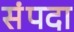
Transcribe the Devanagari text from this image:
संंपदा